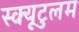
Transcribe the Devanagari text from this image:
स्क्यूटुलम